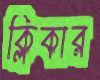
ক্লিকার